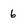
Character: 6